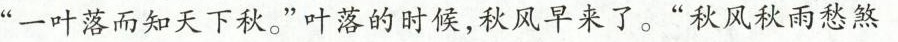
”一叶落而知天下秋。”叶落的时候，秋风早来了。”秋风秋雨愁煞